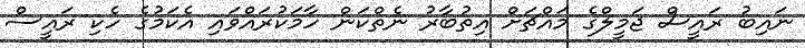
ނައިބު ރައީސް ޖަމީލްގެ މައްޗަށް އިތުބާރު ނެތްކަން ހާމަކުރައްވައި އެކަމުގެ ހެކި ރައީސް